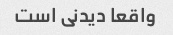
واقعا دیدنی است